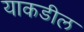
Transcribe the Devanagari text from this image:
याकडील